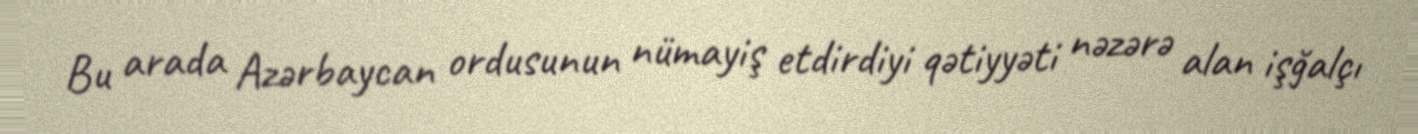
Bu arada Azərbaycan ordusunun nümayiş etdirdiyi qətiyyəti nəzərə alan işğalçı